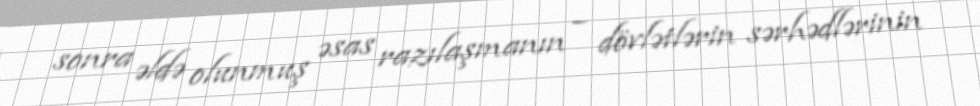
sonra əldə olunmuş əsas razılaşmanın – dövlətlərin sərhədlərinin